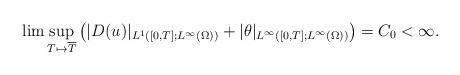
LaTeX: \begin{align*}\lim \sup_{T\mapsto \overline{T}} \big(|D( u)|_{L^1([0,T]; L^\infty(\Omega))}+|\theta|_{L^\infty([0,T];L^\infty(\Omega))}\big)=C_0<\infty.\end{align*}